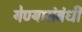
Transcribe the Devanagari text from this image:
येण्यासंबंधी